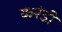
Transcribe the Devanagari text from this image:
करंडी